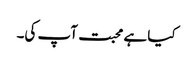
کیا ہے محبت آپ کی۔